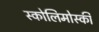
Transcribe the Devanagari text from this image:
स्कोलिमोस्की